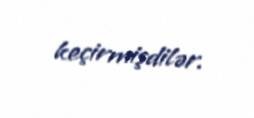
keçirmişdilər.